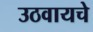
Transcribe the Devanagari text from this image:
उठवायचे